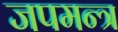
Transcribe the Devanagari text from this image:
जपमन्त्र